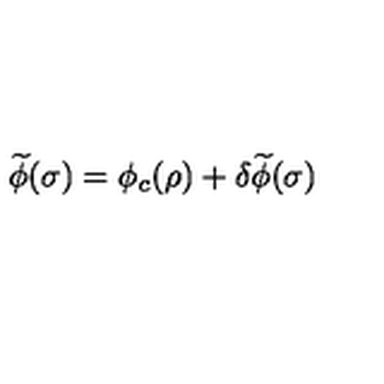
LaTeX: \widetilde { \phi } ( \sigma ) = \phi _ { c } ( \rho ) + \delta \widetilde { \phi } ( \sigma )